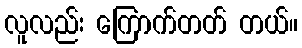
လူလည်း ကြောက်တတ် တယ်။